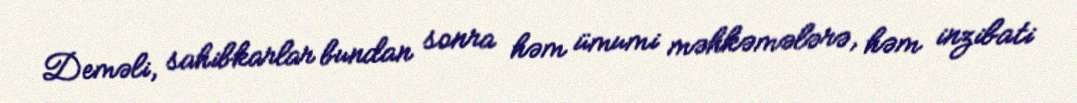
Deməli, sahibkarlar bundan sonra həm ümumi məhkəmələrə, həm inzibati